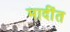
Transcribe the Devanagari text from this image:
मादींत